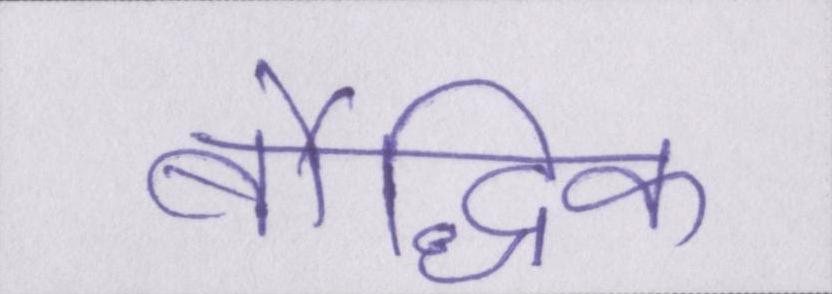
बौद्धिक